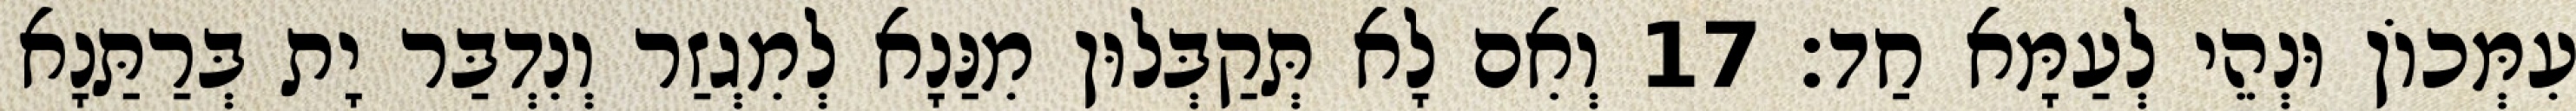
עִמְּכוֹן וּנְהֵי לְעַמָּא חַד׃ 17 וְאִם לָא תְּקַבְּלוּן מִנַּנָא לְמִגְזַר וְנִדְבַּר יָת בְּרַתַּנָא